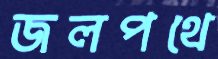
জলপথে